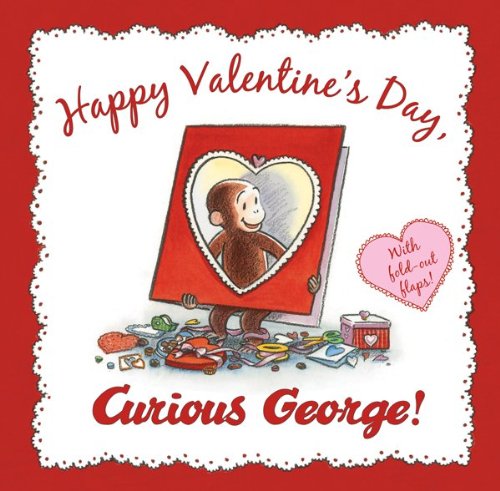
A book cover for Happy Valentine's Day, Curious George; N. Di Angelo; Children's Books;